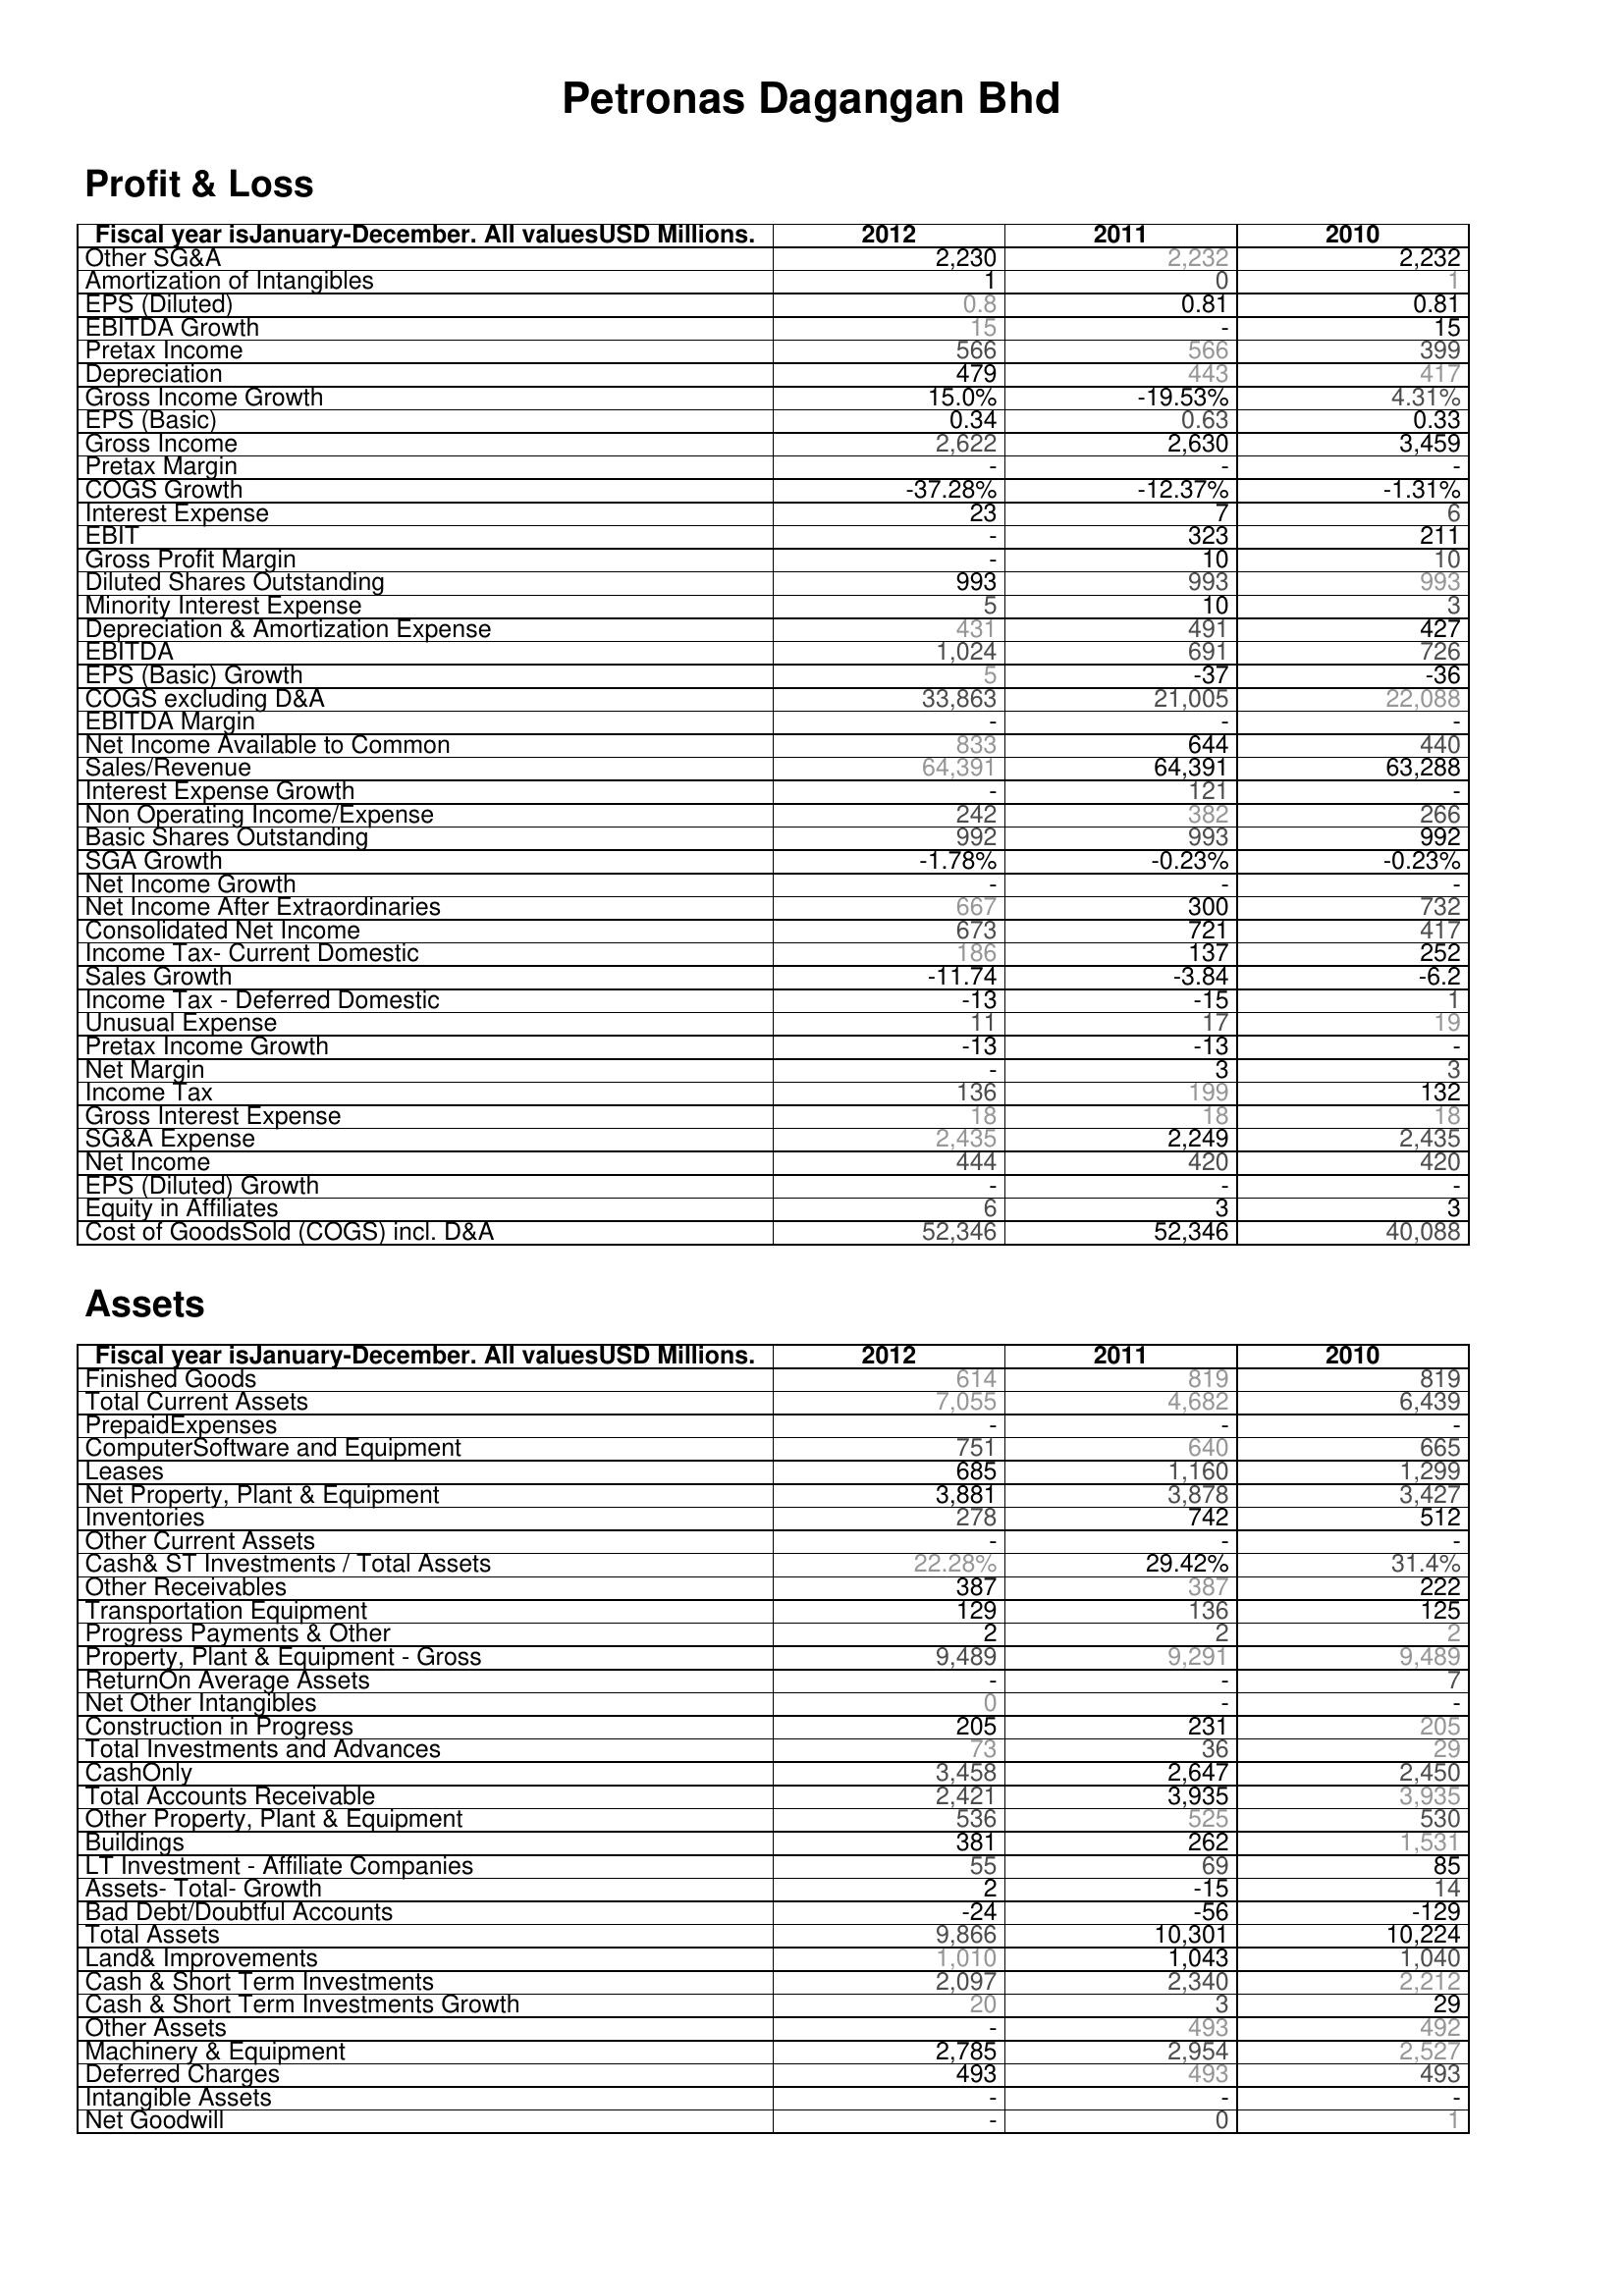
2012: Profit & Loss: Other SG&A: 2,230
Amortization of Intangibles: 1
EPS (Diluted): 0.8
EBITDA Growth: 15
Pretax Income: 566
Depreciation: 479
Gross Income Growth: 15.0%
EPS (Basic): 0.34
Gross Income: 2,622
Pretax Margin: -
COGS Growth: -37.28%
Interest Expense: 23
EBIT: -
Gross Profit Margin: -
Diluted Shares Outstanding: 993
Minority Interest Expense: 5
Depreciation & Amortization Expense: 431
EBITDA: 1,024
EPS (Basic) Growth: 5
COGS excluding D&A: 33,863
EBITDA Margin: -
Net Income Available to Common: 833
Sales/Revenue: 64,391
Interest Expense Growth: -
Non Operating Income/Expense: 242
Basic Shares Outstanding: 992
SGA Growth: -1.78%
Net Income Growth: -
Net Income After Extraordinaries: 667
Consolidated Net Income: 673
Income Tax- Current Domestic: 186
Sales Growth: -11.74
Income Tax - Deferred Domestic: -13
Unusual Expense: 11
Pretax Income Growth: -13
Net Margin: -
Income Tax: 136
Gross Interest Expense: 18
SG&A Expense: 2,435
Net Income: 444
EPS (Diluted) Growth: -
Equity in Affiliates: 6
Cost of GoodsSold (COGS) incl. D&A: 52,346
Assets: Finished Goods: 614
Total Current Assets: 7,055
PrepaidExpenses: -
ComputerSoftware and Equipment: 751
Leases: 685
Net Property, Plant & Equipment: 3,881
Inventories: 278
Other Current Assets: -
Cash& ST Investments / Total Assets: 22.28%
Other Receivables: 387
Transportation Equipment: 129
Progress Payments & Other: 2
Property, Plant & Equipment - Gross : 9,489
ReturnOn Average Assets: -
Net Other Intangibles: 0
Construction in Progress: 205
Total Investments and Advances: 73
CashOnly: 3,458
Total Accounts Receivable: 2,421
Other Property, Plant & Equipment: 536
Buildings: 381
LT Investment - Affiliate Companies: 55
Assets- Total- Growth: 2
Bad Debt/Doubtful Accounts: -24
Total Assets: 9,866
Land& Improvements: 1,010
Cash & Short Term Investments: 2,097
Cash & Short Term Investments Growth: 20
Other Assets: -
Machinery & Equipment: 2,785
Deferred Charges: 493
Intangible Assets: -
Net Goodwill: -
2011: Profit & Loss: Other SG&A: 2,232
Amortization of Intangibles: 0
EPS (Diluted): 0.81
EBITDA Growth: -
Pretax Income: 566
Depreciation: 443
Gross Income Growth: -19.53%
EPS (Basic): 0.63
Gross Income: 2,630
Pretax Margin: -
COGS Growth: -12.37%
Interest Expense: 7
EBIT: 323
Gross Profit Margin: 10
Diluted Shares Outstanding: 993
Minority Interest Expense: 10
Depreciation & Amortization Expense: 491
EBITDA: 691
EPS (Basic) Growth: -37
COGS excluding D&A: 21,005
EBITDA Margin: -
Net Income Available to Common: 644
Sales/Revenue: 64,391
Interest Expense Growth: 121
Non Operating Income/Expense: 382
Basic Shares Outstanding: 993
SGA Growth: -0.23%
Net Income Growth: -
Net Income After Extraordinaries: 300
Consolidated Net Income: 721
Income Tax- Current Domestic: 137
Sales Growth: -3.84
Income Tax - Deferred Domestic: -15
Unusual Expense: 17
Pretax Income Growth: -13
Net Margin: 3
Income Tax: 199
Gross Interest Expense: 18
SG&A Expense: 2,249
Net Income: 420
EPS (Diluted) Growth: -
Equity in Affiliates: 3
Cost of GoodsSold (COGS) incl. D&A: 52,346
Assets: Finished Goods: 819
Total Current Assets: 4,682
PrepaidExpenses: -
ComputerSoftware and Equipment: 640
Leases: 1,160
Net Property, Plant & Equipment: 3,878
Inventories: 742
Other Current Assets: -
Cash& ST Investments / Total Assets: 29.42%
Other Receivables: 387
Transportation Equipment: 136
Progress Payments & Other: 2
Property, Plant & Equipment - Gross : 9,291
ReturnOn Average Assets: -
Net Other Intangibles: -
Construction in Progress: 231
Total Investments and Advances: 36
CashOnly: 2,647
Total Accounts Receivable: 3,935
Other Property, Plant & Equipment: 525
Buildings: 262
LT Investment - Affiliate Companies: 69
Assets- Total- Growth: -15
Bad Debt/Doubtful Accounts: -56
Total Assets: 10,301
Land& Improvements: 1,043
Cash & Short Term Investments: 2,340
Cash & Short Term Investments Growth: 3
Other Assets: 493
Machinery & Equipment: 2,954
Deferred Charges: 493
Intangible Assets: -
Net Goodwill: 0
2010: Profit & Loss: Other SG&A: 2,232
Amortization of Intangibles: 1
EPS (Diluted): 0.81
EBITDA Growth: 15
Pretax Income: 399
Depreciation: 417
Gross Income Growth: 4.31%
EPS (Basic): 0.33
Gross Income: 3,459
Pretax Margin: -
COGS Growth: -1.31%
Interest Expense: 6
EBIT: 211
Gross Profit Margin: 10
Diluted Shares Outstanding: 993
Minority Interest Expense: 3
Depreciation & Amortization Expense: 427
EBITDA: 726
EPS (Basic) Growth: -36
COGS excluding D&A: 22,088
EBITDA Margin: -
Net Income Available to Common: 440
Sales/Revenue: 63,288
Interest Expense Growth: -
Non Operating Income/Expense: 266
Basic Shares Outstanding: 992
SGA Growth: -0.23%
Net Income Growth: -
Net Income After Extraordinaries: 732
Consolidated Net Income: 417
Income Tax- Current Domestic: 252
Sales Growth: -6.2
Income Tax - Deferred Domestic: 1
Unusual Expense: 19
Pretax Income Growth: -
Net Margin: 3
Income Tax: 132
Gross Interest Expense: 18
SG&A Expense: 2,435
Net Income: 420
EPS (Diluted) Growth: -
Equity in Affiliates: 3
Cost of GoodsSold (COGS) incl. D&A: 40,088
Assets: Finished Goods: 819
Total Current Assets: 6,439
PrepaidExpenses: -
ComputerSoftware and Equipment: 665
Leases: 1,299
Net Property, Plant & Equipment: 3,427
Inventories: 512
Other Current Assets: -
Cash& ST Investments / Total Assets: 31.4%
Other Receivables: 222
Transportation Equipment: 125
Progress Payments & Other: 2
Property, Plant & Equipment - Gross : 9,489
ReturnOn Average Assets: 7
Net Other Intangibles: -
Construction in Progress: 205
Total Investments and Advances: 29
CashOnly: 2,450
Total Accounts Receivable: 3,935
Other Property, Plant & Equipment: 530
Buildings: 1,531
LT Investment - Affiliate Companies: 85
Assets- Total- Growth: 14
Bad Debt/Doubtful Accounts: -129
Total Assets: 10,224
Land& Improvements: 1,040
Cash & Short Term Investments: 2,212
Cash & Short Term Investments Growth: 29
Other Assets: 492
Machinery & Equipment: 2,527
Deferred Charges: 493
Intangible Assets: -
Net Goodwill: 1